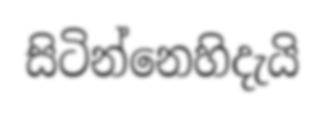
සිටින්නෙහිදැයි